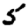
Digit: 5